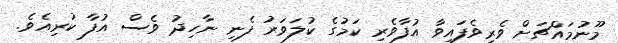
މޫނުމައްޗަށް ވެރިވެފައިވާ އުފާވެރި ކަމުގެ ކުލަވަރު ފެނި ނާހިދު ވެސް އުފާ ކުރިއެވެ.